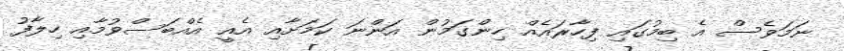
ނަމަވެސް އެ ބިމުގައި ފިހާރައެއް ހިންގަމުން އަންނަ ކަމަށާއި އެއީ އެއްބަސްވުމާއި ހިލާފު